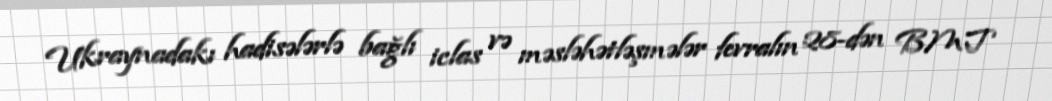
Ukraynadakı hadisələrlə bağlı iclas və məsləhətləşmələr fevralın 28-dən BMT